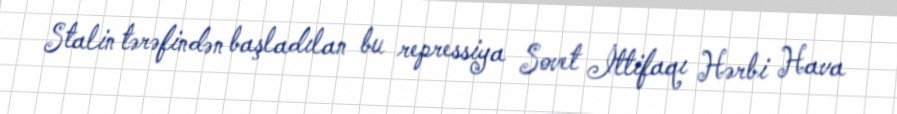
Stalin tərəfindən başladılan bu repressiya Sovet İttifaqı Hərbi Hava